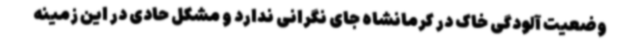
وضعیت آلودگی خاک در کرمانشاه جای نگرانی ندارد و مشکل حادی در این زمینه